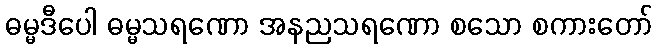
ဓမ္မဒီပေါ ဓမ္မသရဏော အနညသရဏော စသော စကားတော်